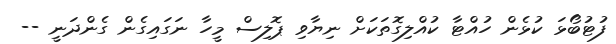
ފުޓުބޯޅަ ކުޅެން ހުއްޓާ ކުއްލިގޮތަކަށް ނިޔާވި ޕޮލިސް މީހާ ނަގައިގެން ގެންދަނީ --